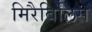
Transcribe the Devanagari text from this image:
मिरैबिलिस